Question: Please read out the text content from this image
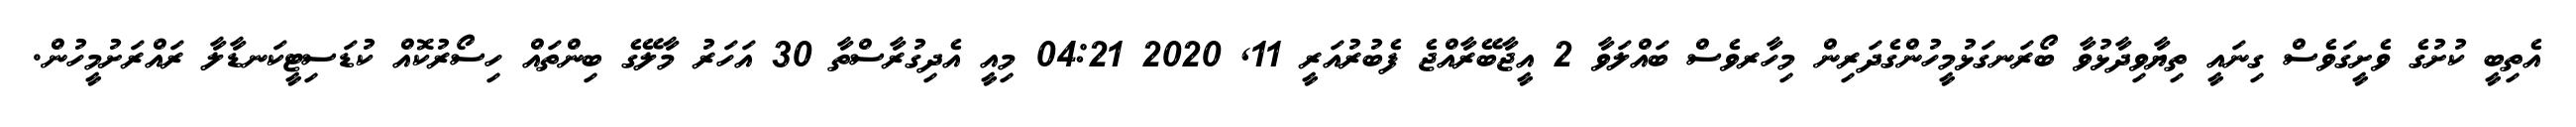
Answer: އެތިބީ ކުށުގެ ވެށީގަވެސް ގިނައީ ތިޔާވިދާޅުވާ ބޯރަނގަޅުމީހުންގެދަރިން މިހާރވެސް ބައްލަވާ 2 އީޖާބޭރާއްޖެ ފެބުރުއަރީ 11, 2020 04:21 މިއީ އެދިގުރާސްތާ 30 އަހަރު މާލޭގެ ބިންތައް ހިސޯރުކޮއް ކުޑަސިޓީކަނޑާލާ ރައްރަށުމީހުން.